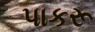
પાકરૂ